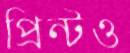
প্রিন্টও